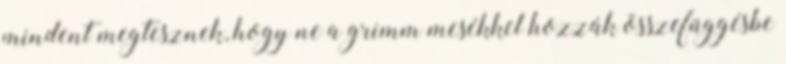
mindent megtesznek, hogy ne a grimm mesékkel hozzák összefüggésbe